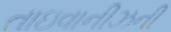
તાઇવાનીઝની